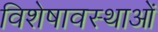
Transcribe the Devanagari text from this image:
विशेषावस्थाओं